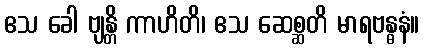
ဧသ ခေါ ဗျန္တိ ကာဟိတိ၊ ဧသ ဆေစ္ဆတိ မာရဗန္ဓနံ။